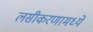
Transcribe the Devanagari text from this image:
लसीकरणामध्ये